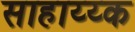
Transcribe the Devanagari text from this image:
साहाय्य्क